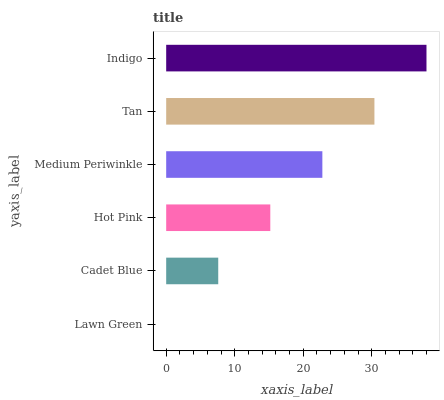
| yaxis_label | bars |
 | --- | --- |
 | Lawn Green | 0 |
 | Cadet Blue | 7.6 |
 | Hot Pink | 15.2 |
 | Medium Periwinkle | 22.8 |
 | Tan | 30.4 |
 | Indigo | 38 |